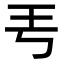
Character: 𤣫